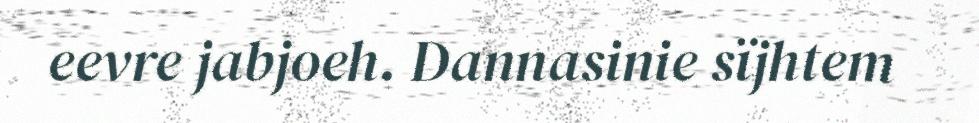
eevre jabjoeh. Dannasinie sïjhtem